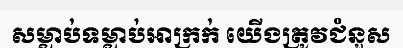
សម្លាប់ទម្លាប់អាក្រក់ យើងត្រូវជំនួស